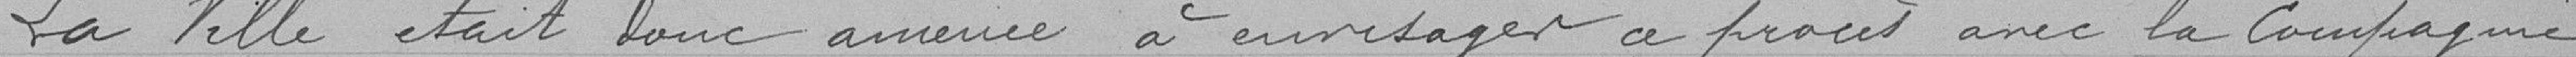
La Ville était donc amenée à envisager ce procès avec la Compagnie